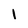
Character: I